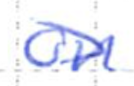
Text: on
Cross-out: diagonal
Writing tool: ballpoint